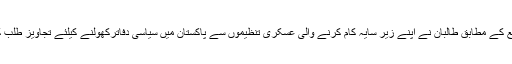
طالبان ذرائع کے مطابق طالبان نے اپنے زیر سایہ کام کرنے والی عسکری تنظیموں سے پاکستان میں سیاسی دفاترکھولنے کیلئے تجاویز طلب کر لی ہیں ۔